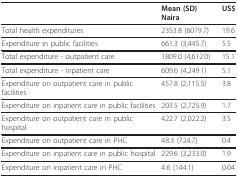
|  | Mean (SD) Naira | US$ |
 | --- | --- | --- |
 | Total health expenditures | 2353.8 (6079.7) | 19.6 |
 | Expenditure in public facilities | 661.3 (3,445.7) | 5.5 |
 | Total expenditure - outpatient care | 1809.0 (4,612.0) | 15.1 |
 | Total expenditure - inpatient care | 609.6 (4,249.1) | 5.1 |
 | Expenditure on outpatient care in public facilities | 457.8 (2,115.5) | 3.8 |
 | Expenditure on inpatient care in public facilities | 203.5 (2,725.9) | 1.7 |
 | Expenditure on outpatient care in public hospital | 422.7 (2,022.2) | 3.5 |
 | Expenditure on outpatient care in PHC | 48.3 (724.7) | 0.4 |
 | Expenditure on inpatient care in public hospital | 229.6 (3,233.0) | 1.9 |
 | Expenditure on inpatient care in PHC | 4.6 (144.1) | 0.04 |